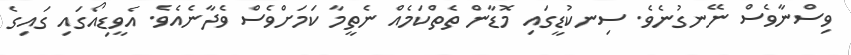
ވިސްނާވެސް ނޭނގުނެވެ. ސިނކުޑީގައި މޮޑާން ތެތްކަމެއް ނެތީމާ ކަމަށްވެސް ވެދާނެއެވެ. އެވީޑިއޯގައި ގައިގެ